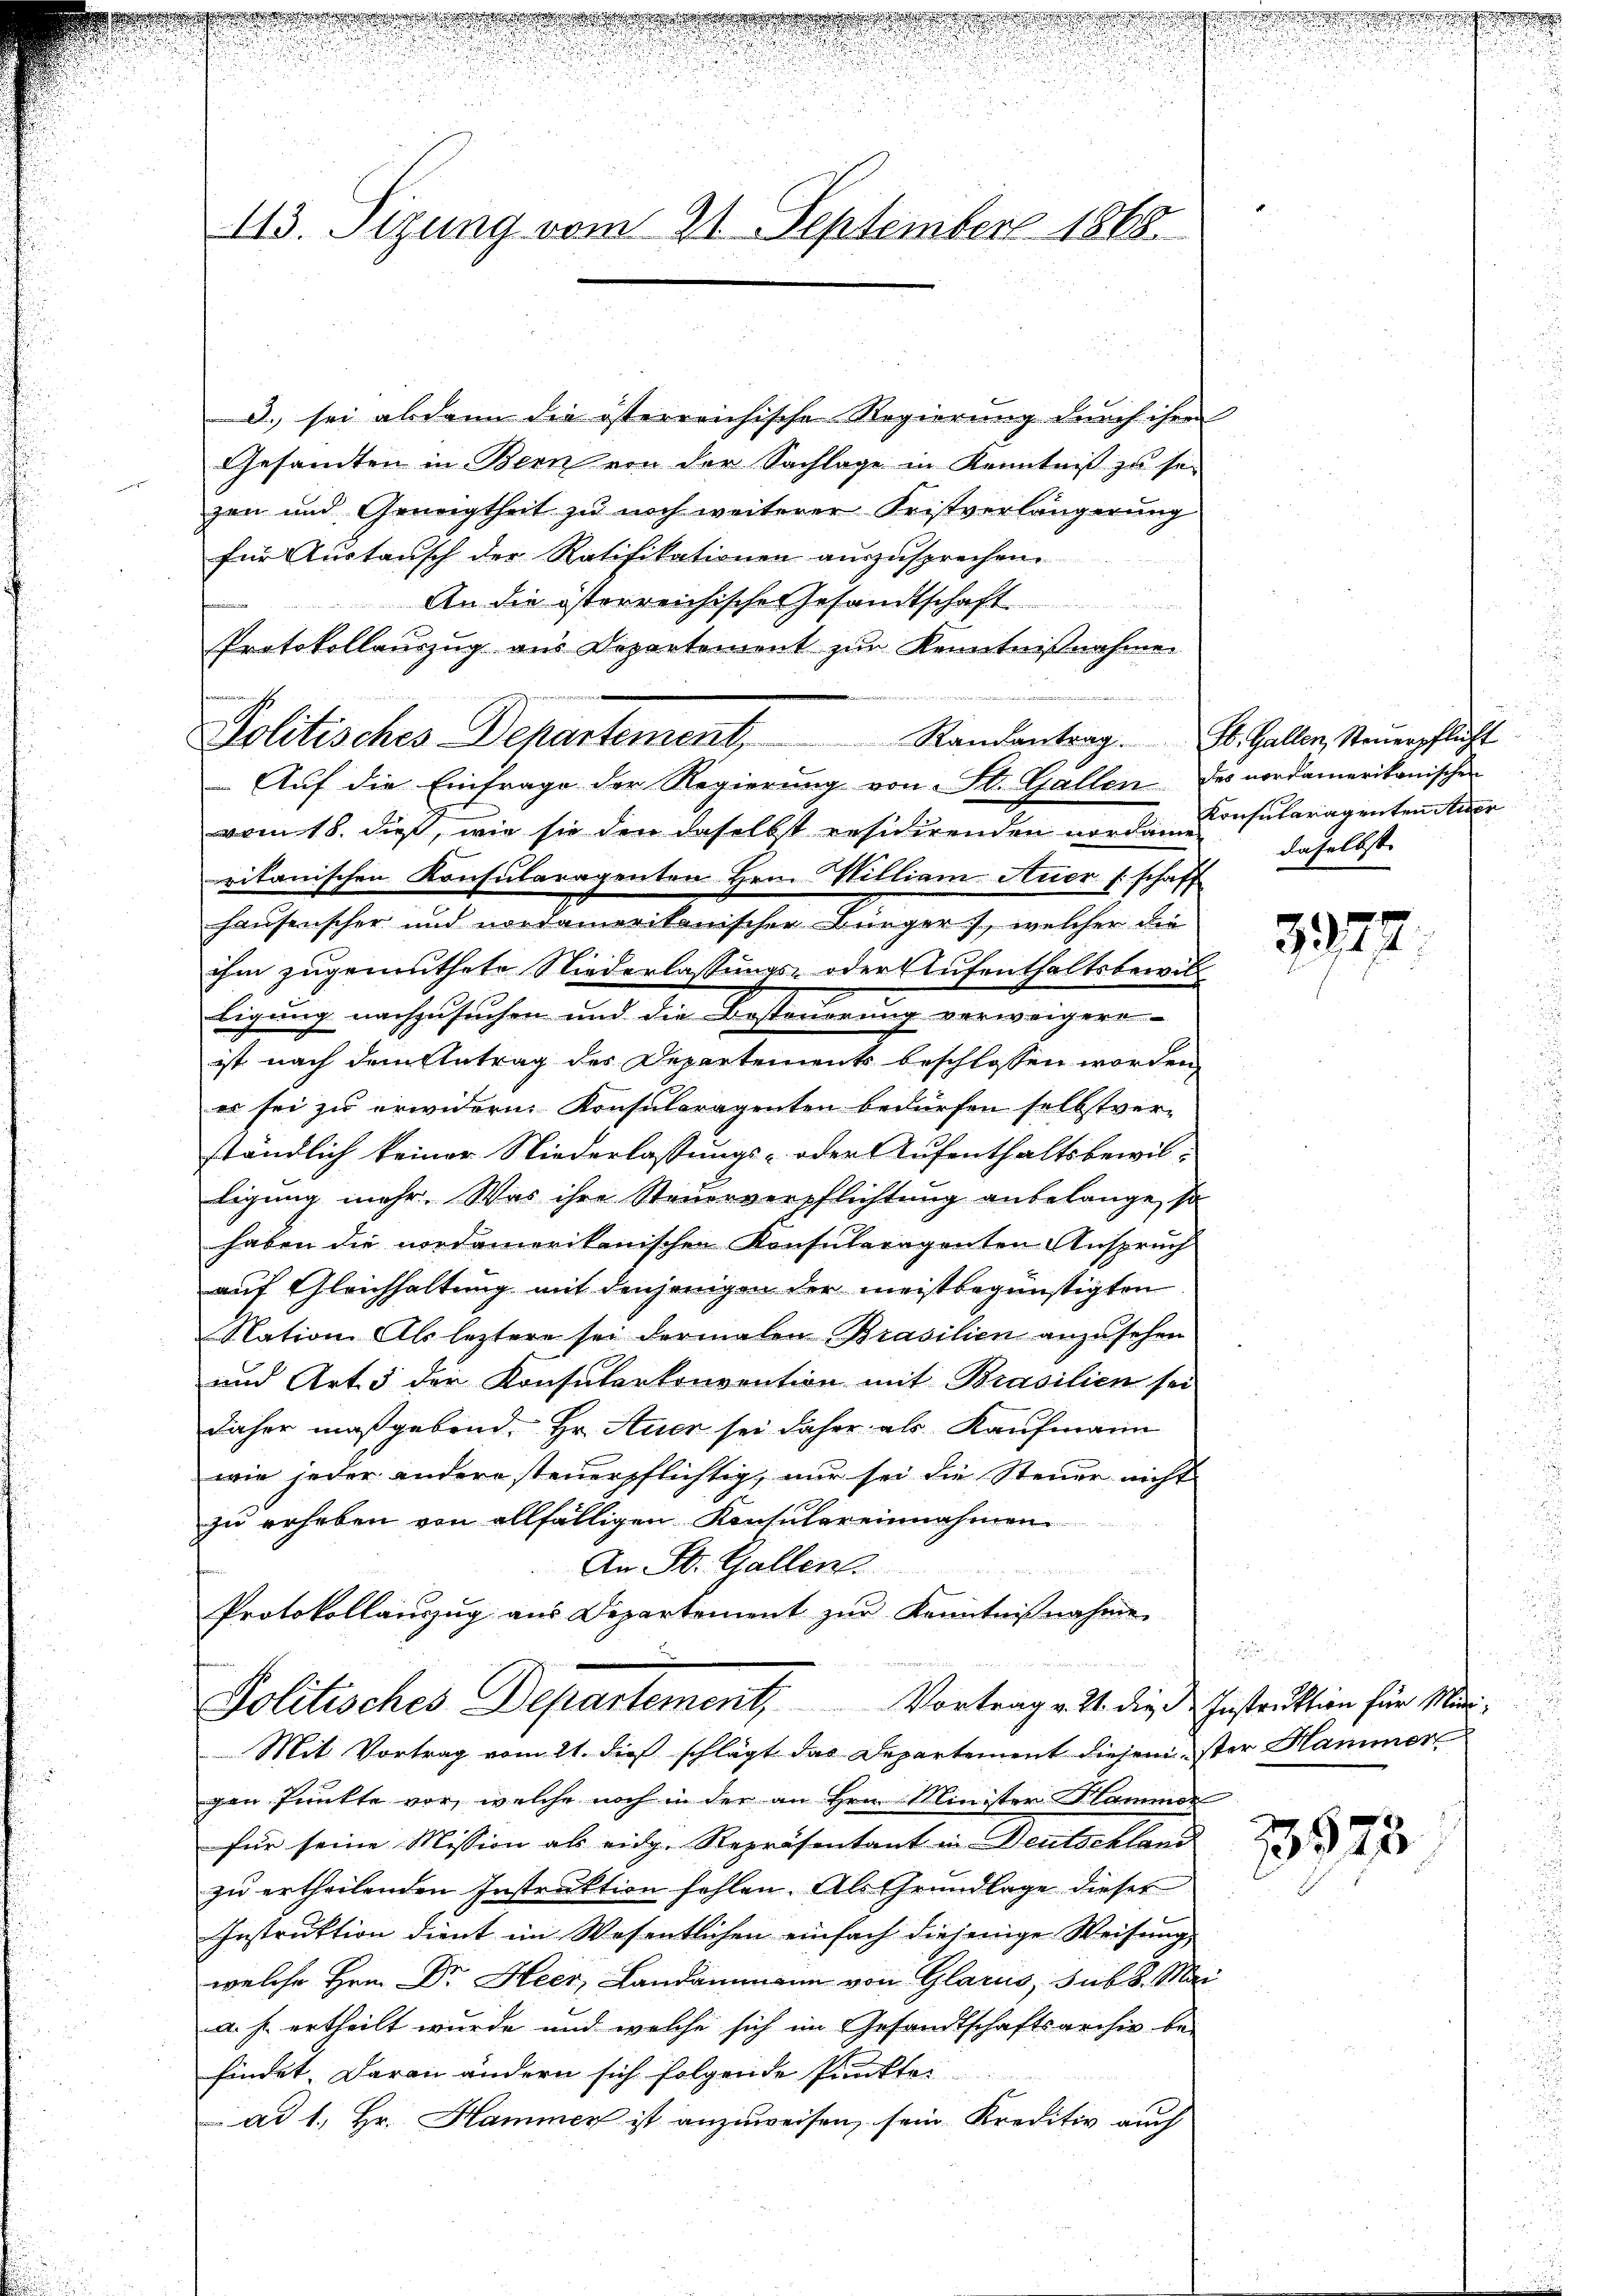
113. Sizung vom 21. September 1868.

3. sei abdann die österreichische Regierung durch ihren
Gesandten in Bern von der Sachlage in Kenntniß zu sei
zen und Geneigtheit zu noch weiterer Fristverlängerung
für Aŭstausch der Ratifikationen auszusprechen.
An die österreichische Gesandtschaft
Protokollauszug aus Departement zur Kenntnißnahme
Politisches Departement,
 Aŭf die Einfrage der Regierŭng von St. Gallen des nordamerikanischen
vom 18. dieß, wie sie den daselbst residirenden vorden Consularagenten Auer
ritanischen Konsularagenten Hrn. William Neer (schaft
hausenscher und nordamerikanischer Bürger, welcher die
ihm zugemuthete Niederlassungs- oder Aufenthaltsbewil
ligung nachzusuchen und die Besteuerung verweigere
ist nach dem Antrag des Departements beschlossen worden,
es sei zu erwidern. Konsuloragenten bedürfen selbstver-
ständlich keiner Niederlassungs- oder Aufenthaltsbewilligung mehr. Was ihre Steuerverpflichtung anbelange, so
haben die nordamerikanischen Konsuleragenten Anspruch
auf Gleichhaltung mit denjenigen der meistbegünstigten
Nation. Als leztere sei dermalen Brasilien anzusehen
und Art. 5 der Konsulenkonvention mit Brasilien sei
daher maßgebend, Hr. Auer sei daher als Kaufmann
wie jeder andere steuerpflichtig, nur sei die Steuer nicht
zu erheben von allfälligen Konsulereinnahmen
An St. Gallen
Protokollauszug aus Departement zur Kenntnißnahme
g
Politisches Departement, Vortrag v. 2. die Instrŭktion für Mini-
Mit Vortrag vom 21. dieß schlägt das Departement diesem ster Hammer
gen Punkte vor, welche noch in der an Hrn. Minister Hammer
für seine Mission als eidg. Repräsentant in Deutschland
zu ertheilenden Instruktion fehlen. Als Grundlage dieser
Instruktion dient im Wesentlichen einfach diejenige Weisung,
welche Hern Dr Heer, Landammann von Glarus, sub 8 Mai
a. h. ertheilt wurde und welche sich im Gesandtschaftsarchiv be-
findet. Daran ändern sich folgende Punkte:
ad 1., Hr. Hammer ist anzuweisen, sein Kreditiv auch

Randantrag. St. Gallen Steŭerpflicht
daselbst |

3377

.

33573

.